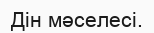
Дін мәселесі.